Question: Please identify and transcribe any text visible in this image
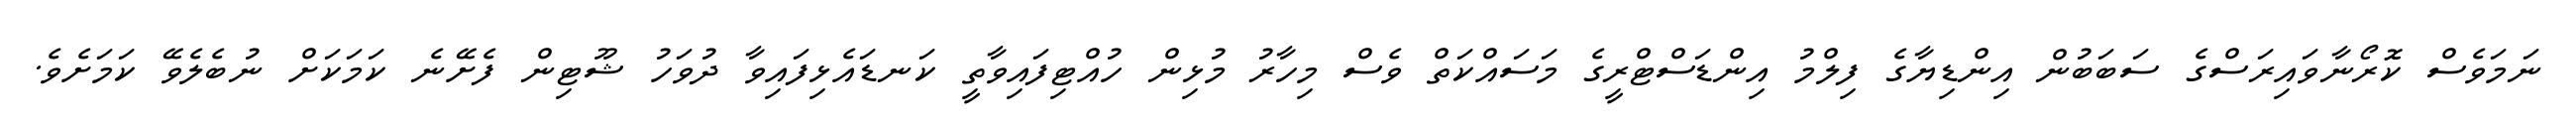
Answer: ނަމަވެސް ކޮރޯނާވައިރަސްގެ ސަބަބުން އިންޑިޔާގެ ފިލްމު އިންޑަސްޓްރީގެ މަސައްކަތް ވެސް މިހާރު މުޅިން ހުއްޓިފައިވާތީ ކަނޑައެޅިފައިވާ ދުވަހު ޝޫޓިން ފެށޭނެ ކަމަކަށް ނުބެލެވޭ ކަމަށެވެ.